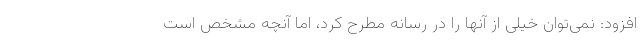
افزود: نمی‌توان خیلی از آنها را در رسانه مطرح کرد، اما آنچه مشخص است